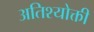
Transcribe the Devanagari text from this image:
अतिश्योक्ती